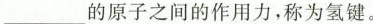
___的原子之间的作用力，称为氢键。